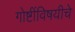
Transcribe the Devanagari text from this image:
गोष्टींविषयीचे